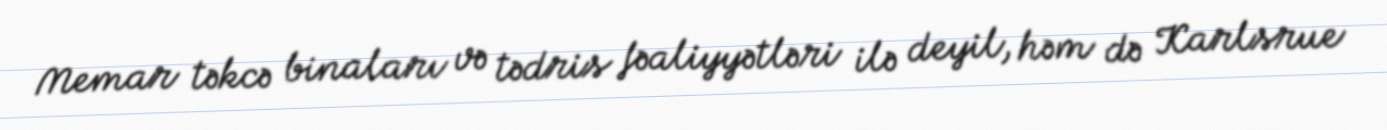
Memar təkcə binaları və tədris fəaliyyətləri ilə deyil, həm də Karlsrue